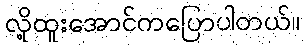
လို့ထူးအောင်ကပြောပါတယ်။